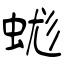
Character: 蛖